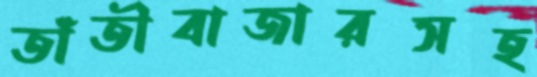
তাঁতীবাজারসহ